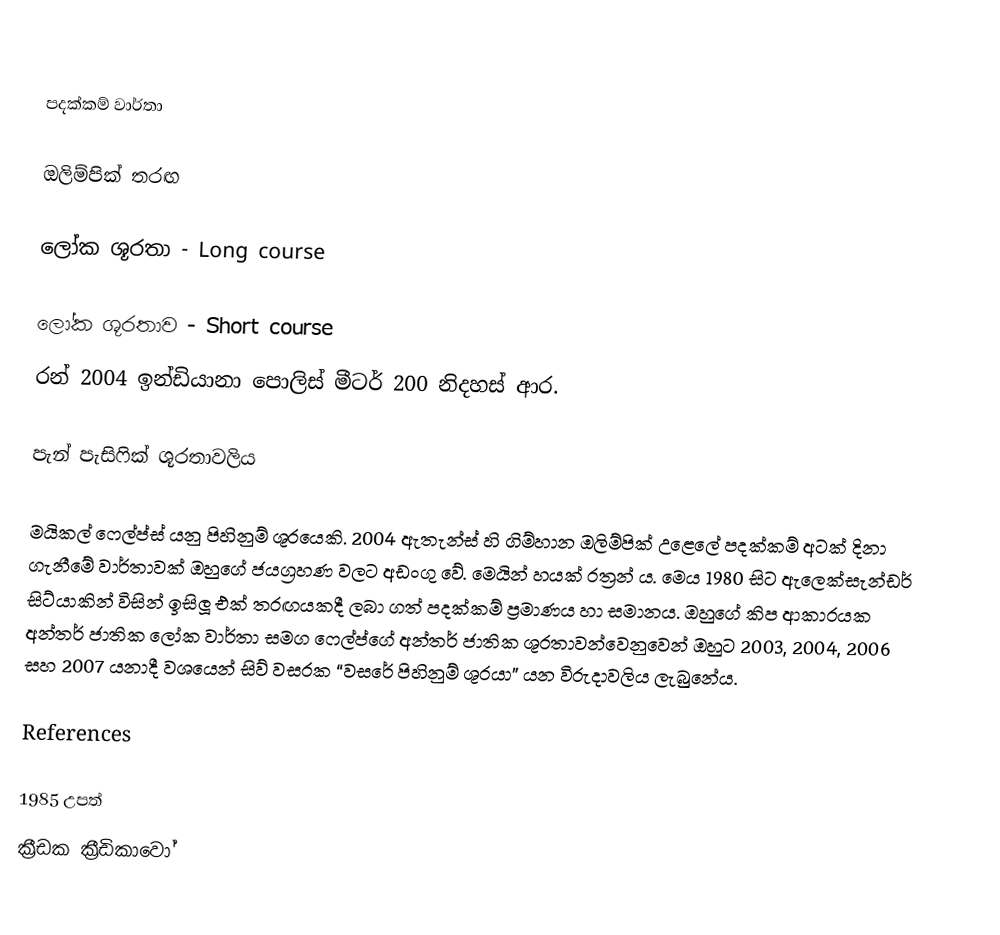

පදක්කම් වාර්තා

ඔලිම්පික් තරඟ

ලෝක ශූරතා - Long course

ලෝක ශූරතාව - Short course
රන්		2004 ඉන්ඩියානා පොලිස්	මීටර් 200 නිදහස් ආර.

පැන් පැසිෆික් ශූරතාවලිය

මයිකල් ෆෙල්ප්ස් යනු පිහිනුම් ශූරයෙකි. 2004 ඇතැන්ස් හි ගිම්හාන ඔලිම්පික් උළෙලේ පදක්කම් අටක් දිනා ගැනීමේ වාර්තාවක් ඔහුගේ ජයග්‍රහණ වලට අඩංගු වේ. මෙයින් හයක් රත්‍රන් ය. මෙය 1980 සිට ඇලෙක්සැන්ඩර් සිට්යාකින් විසින් ඉසිලූ එක් තරඟයකදී ලබා ගත් පදක්කම් ප්‍රමාණය හා සමානය. ඔහුගේ කිප ආකාරයක අන්තර් ජාතික ලෝක වාර්තා සමග ෆෙල්ප්ගේ අන්තර් ජාතික ශූරතාවන්වෙනුවෙන් ඔහුට 2003, 2004, 2006 සහ 2007 යනාදී වශයෙන් සිව් වසරක “වසරේ පිහිනුම් ශූරයා” යන විරුදාවලිය ලැබුනේය.

References

1985 උපත්
ක්‍රීඩක ක්‍රීඩිකාවෝ